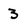
Character: 3